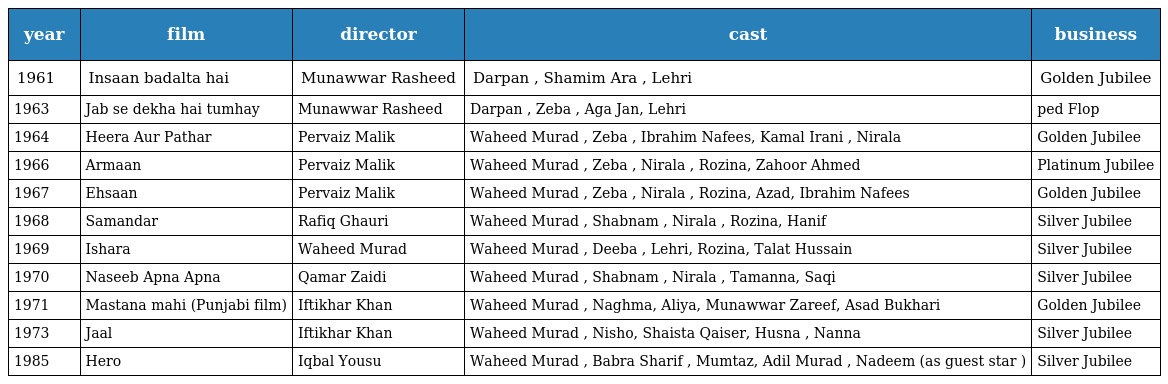
| year | film | director | cast | business |
 | --- | --- | --- | --- | --- |
 | 1961 | Insaan badalta hai | Munawwar Rasheed | Darpan , Shamim Ara , Lehri | Golden Jubilee |
 | 1963 | Jab se dekha hai tumhay | Munawwar Rasheed | Darpan , Zeba , Aga Jan, Lehri | ped Flop |
 | 1964 | Heera Aur Pathar | Pervaiz Malik | Waheed Murad , Zeba , Ibrahim Nafees, Kamal Irani , Nirala | Golden Jubilee |
 | 1966 | Armaan | Pervaiz Malik | Waheed Murad , Zeba , Nirala , Rozina, Zahoor Ahmed | Platinum Jubilee |
 | 1967 | Ehsaan | Pervaiz Malik | Waheed Murad , Zeba , Nirala , Rozina, Azad, Ibrahim Nafees | Golden Jubilee |
 | 1968 | Samandar | Rafiq Ghauri | Waheed Murad , Shabnam , Nirala , Rozina, Hanif | Silver Jubilee |
 | 1969 | Ishara | Waheed Murad | Waheed Murad , Deeba , Lehri, Rozina, Talat Hussain | Silver Jubilee |
 | 1970 | Naseeb Apna Apna | Qamar Zaidi | Waheed Murad , Shabnam , Nirala , Tamanna, Saqi | Silver Jubilee |
 | 1971 | Mastana mahi (Punjabi film) | Iftikhar Khan | Waheed Murad , Naghma, Aliya, Munawwar Zareef, Asad Bukhari | Golden Jubilee |
 | 1973 | Jaal | Iftikhar Khan | Waheed Murad , Nisho, Shaista Qaiser, Husna , Nanna | Silver Jubilee |
 | 1985 | Hero | Iqbal Yousu | Waheed Murad , Babra Sharif , Mumtaz, Adil Murad , Nadeem (as guest star ) | Silver Jubilee |